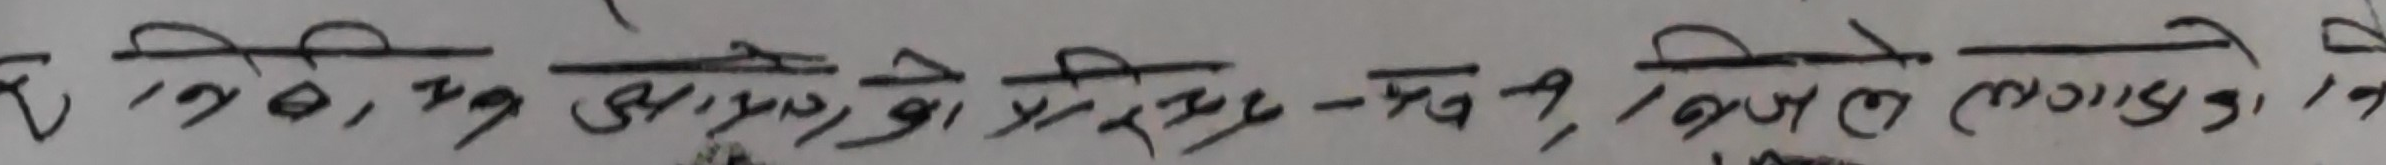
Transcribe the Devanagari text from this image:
टे. वि. वे. प्रथम आयोडीन रहित छ कि, कसले लगाएको, के